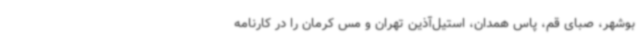
بوشهر، صبای قم، پاس همدان، استیل‌آذین تهران و مس کرمان را در کارنامه